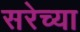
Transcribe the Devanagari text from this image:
सरेच्या